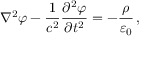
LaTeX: \nabla ^ { 2 } \varphi - { \frac { 1 } { c ^ { 2 } } } { \frac { \partial ^ { 2 } \varphi } { \partial t ^ { 2 } } } = - { \frac { \rho } { \varepsilon _ { 0 } } } \, ,